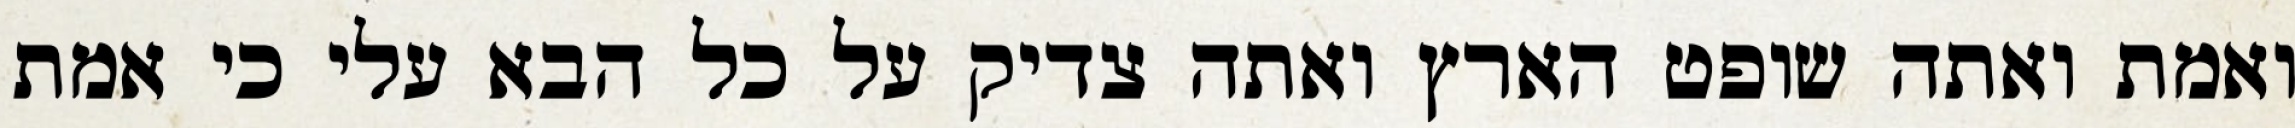
ואמת ואתה שופט הארץ ואתה צדיק על כל הבא עלי כי אמת